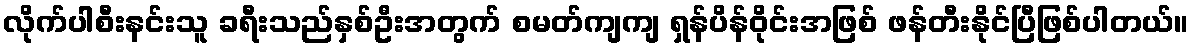
လိုက်ပါစီးနင်းသူ ခရီးသည်နှစ်ဦးအတွက် စမတ်ကျကျ ရှန်ပိန်ဝိုင်းအဖြစ် ဖန်တီးနိုင်ပြီဖြစ်ပါတယ်။